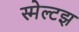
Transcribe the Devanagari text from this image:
स्मेल्टझ